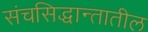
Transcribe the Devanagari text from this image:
संचसिद्धान्तातील